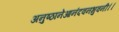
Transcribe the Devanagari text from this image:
अनुष्ठानेआनंदवनभुवनी।।